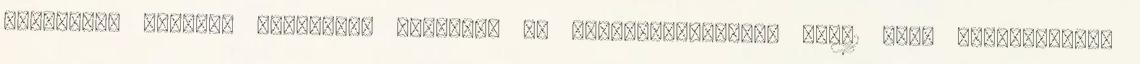
maximális negatív guggolást végzett. Az intramuszkuláris IGF-1 mRNS koncentráció